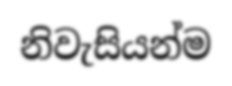
නිවැසියන්ම